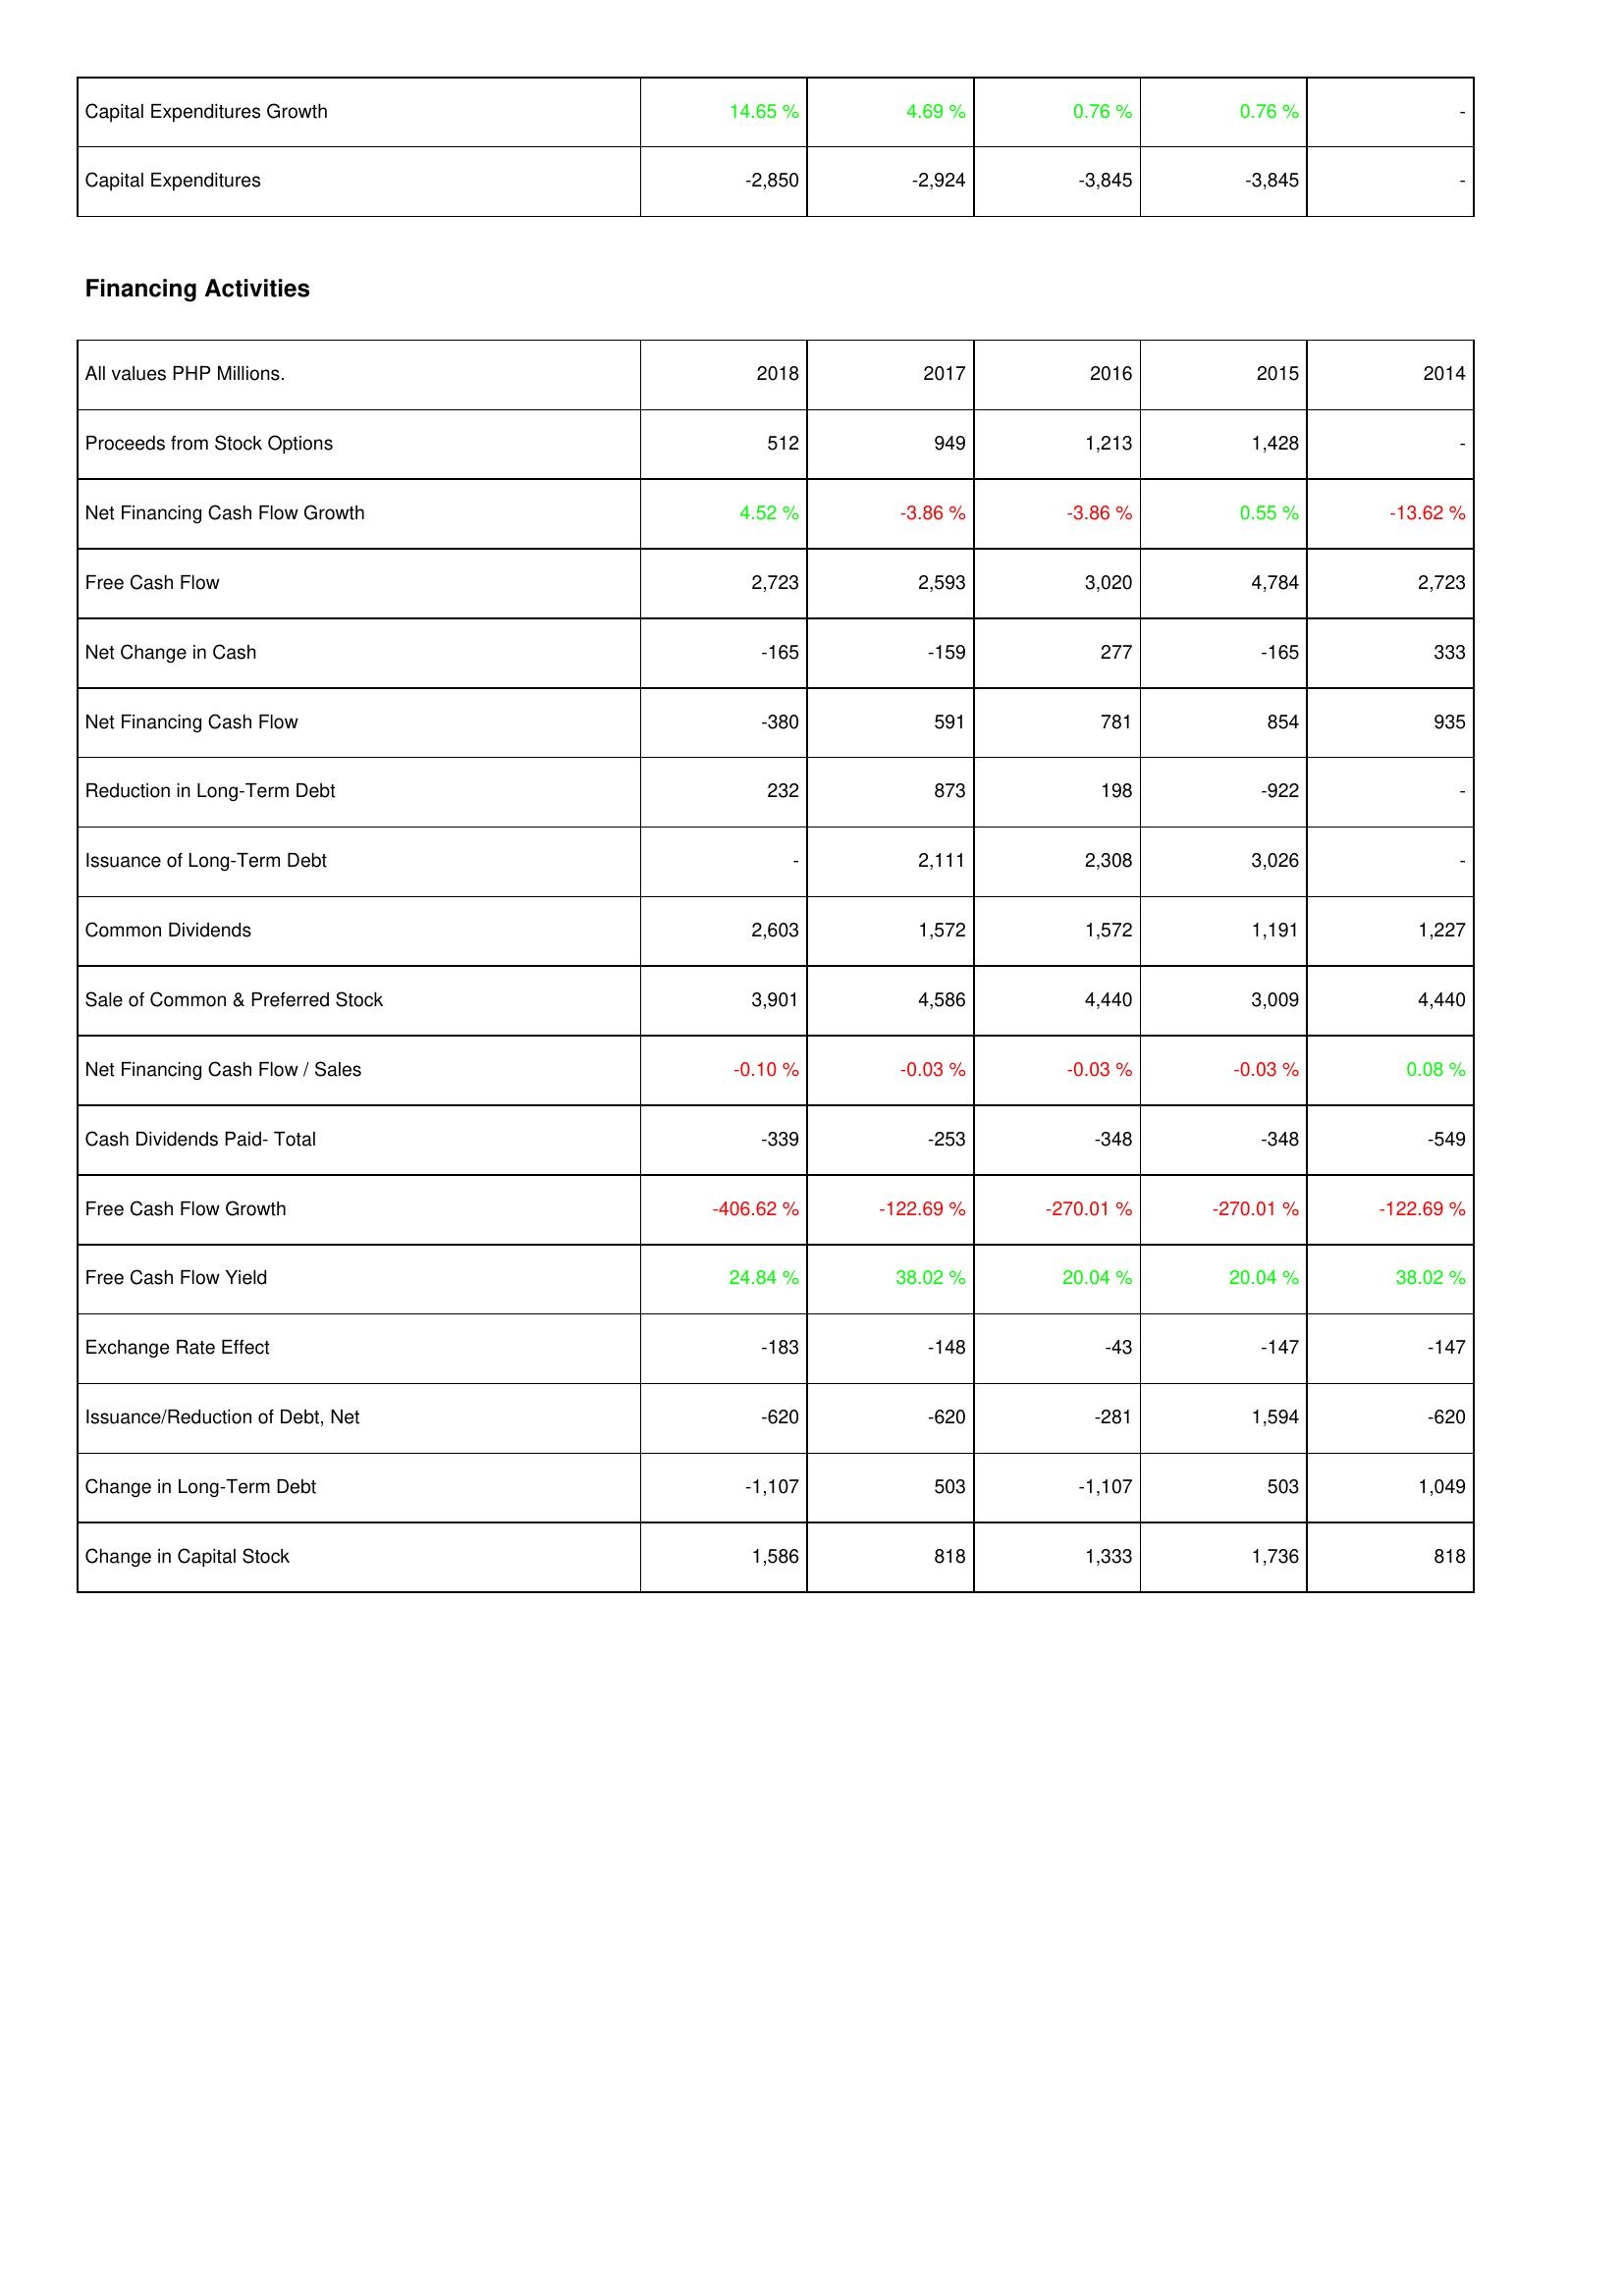
2018: Investing Activities: Capital Expenditures Growth: 14.65 %
Capital Expenditures: -2,850
Financing Activities: Proceeds from Stock Options: 512
Net Financing Cash Flow Growth: 4.52 %
Free Cash Flow: 2,723
Net Change in Cash: -165
Net Financing Cash Flow: -380
Reduction in Long-Term Debt: 232
Issuance of Long-Term Debt: -
Common Dividends: 2,603
Sale of Common & Preferred Stock: 3,901
Net Financing Cash Flow / Sales: -0.10 %
Cash Dividends Paid- Total: -339
Free Cash Flow Growth: -406.62 %
Free Cash Flow Yield: 24.84 %
Exchange Rate Effect: -183
Issuance/Reduction of Debt, Net: -620
Change in Long-Term Debt: -1,107
Change in Capital Stock: 1,586
2017: Investing Activities: Capital Expenditures Growth: 4.69 %
Capital Expenditures: -2,924
Financing Activities: Proceeds from Stock Options: 949
Net Financing Cash Flow Growth: -3.86 %
Free Cash Flow: 2,593
Net Change in Cash: -159
Net Financing Cash Flow: 591
Reduction in Long-Term Debt: 873
Issuance of Long-Term Debt: 2,111
Common Dividends: 1,572
Sale of Common & Preferred Stock: 4,586
Net Financing Cash Flow / Sales: -0.03 %
Cash Dividends Paid- Total: -253
Free Cash Flow Growth: -122.69 %
Free Cash Flow Yield: 38.02 %
Exchange Rate Effect: -148
Issuance/Reduction of Debt, Net: -620
Change in Long-Term Debt: 503
Change in Capital Stock: 818
2016: Investing Activities: Capital Expenditures Growth: 0.76 %
Capital Expenditures: -3,845
Financing Activities: Proceeds from Stock Options: 1,213
Net Financing Cash Flow Growth: -3.86 %
Free Cash Flow: 3,020
Net Change in Cash: 277
Net Financing Cash Flow: 781
Reduction in Long-Term Debt: 198
Issuance of Long-Term Debt: 2,308
Common Dividends: 1,572
Sale of Common & Preferred Stock: 4,440
Net Financing Cash Flow / Sales: -0.03 %
Cash Dividends Paid- Total: -348
Free Cash Flow Growth: -270.01 %
Free Cash Flow Yield: 20.04 %
Exchange Rate Effect: -43
Issuance/Reduction of Debt, Net: -281
Change in Long-Term Debt: -1,107
Change in Capital Stock: 1,333
2015: Investing Activities: Capital Expenditures Growth: 0.76 %
Capital Expenditures: -3,845
Financing Activities: Proceeds from Stock Options: 1,428
Net Financing Cash Flow Growth: 0.55 %
Free Cash Flow: 4,784
Net Change in Cash: -165
Net Financing Cash Flow: 854
Reduction in Long-Term Debt: -922
Issuance of Long-Term Debt: 3,026
Common Dividends: 1,191
Sale of Common & Preferred Stock: 3,009
Net Financing Cash Flow / Sales: -0.03 %
Cash Dividends Paid- Total: -348
Free Cash Flow Growth: -270.01 %
Free Cash Flow Yield: 20.04 %
Exchange Rate Effect: -147
Issuance/Reduction of Debt, Net: 1,594
Change in Long-Term Debt: 503
Change in Capital Stock: 1,736
2014: Investing Activities: Capital Expenditures Growth: -
Capital Expenditures: -
Financing Activities: Proceeds from Stock Options: -
Net Financing Cash Flow Growth: -13.62 %
Free Cash Flow: 2,723
Net Change in Cash: 333
Net Financing Cash Flow: 935
Reduction in Long-Term Debt: -
Issuance of Long-Term Debt: -
Common Dividends: 1,227
Sale of Common & Preferred Stock: 4,440
Net Financing Cash Flow / Sales: 0.08 %
Cash Dividends Paid- Total: -549
Free Cash Flow Growth: -122.69 %
Free Cash Flow Yield: 38.02 %
Exchange Rate Effect: -147
Issuance/Reduction of Debt, Net: -620
Change in Long-Term Debt: 1,049
Change in Capital Stock: 818